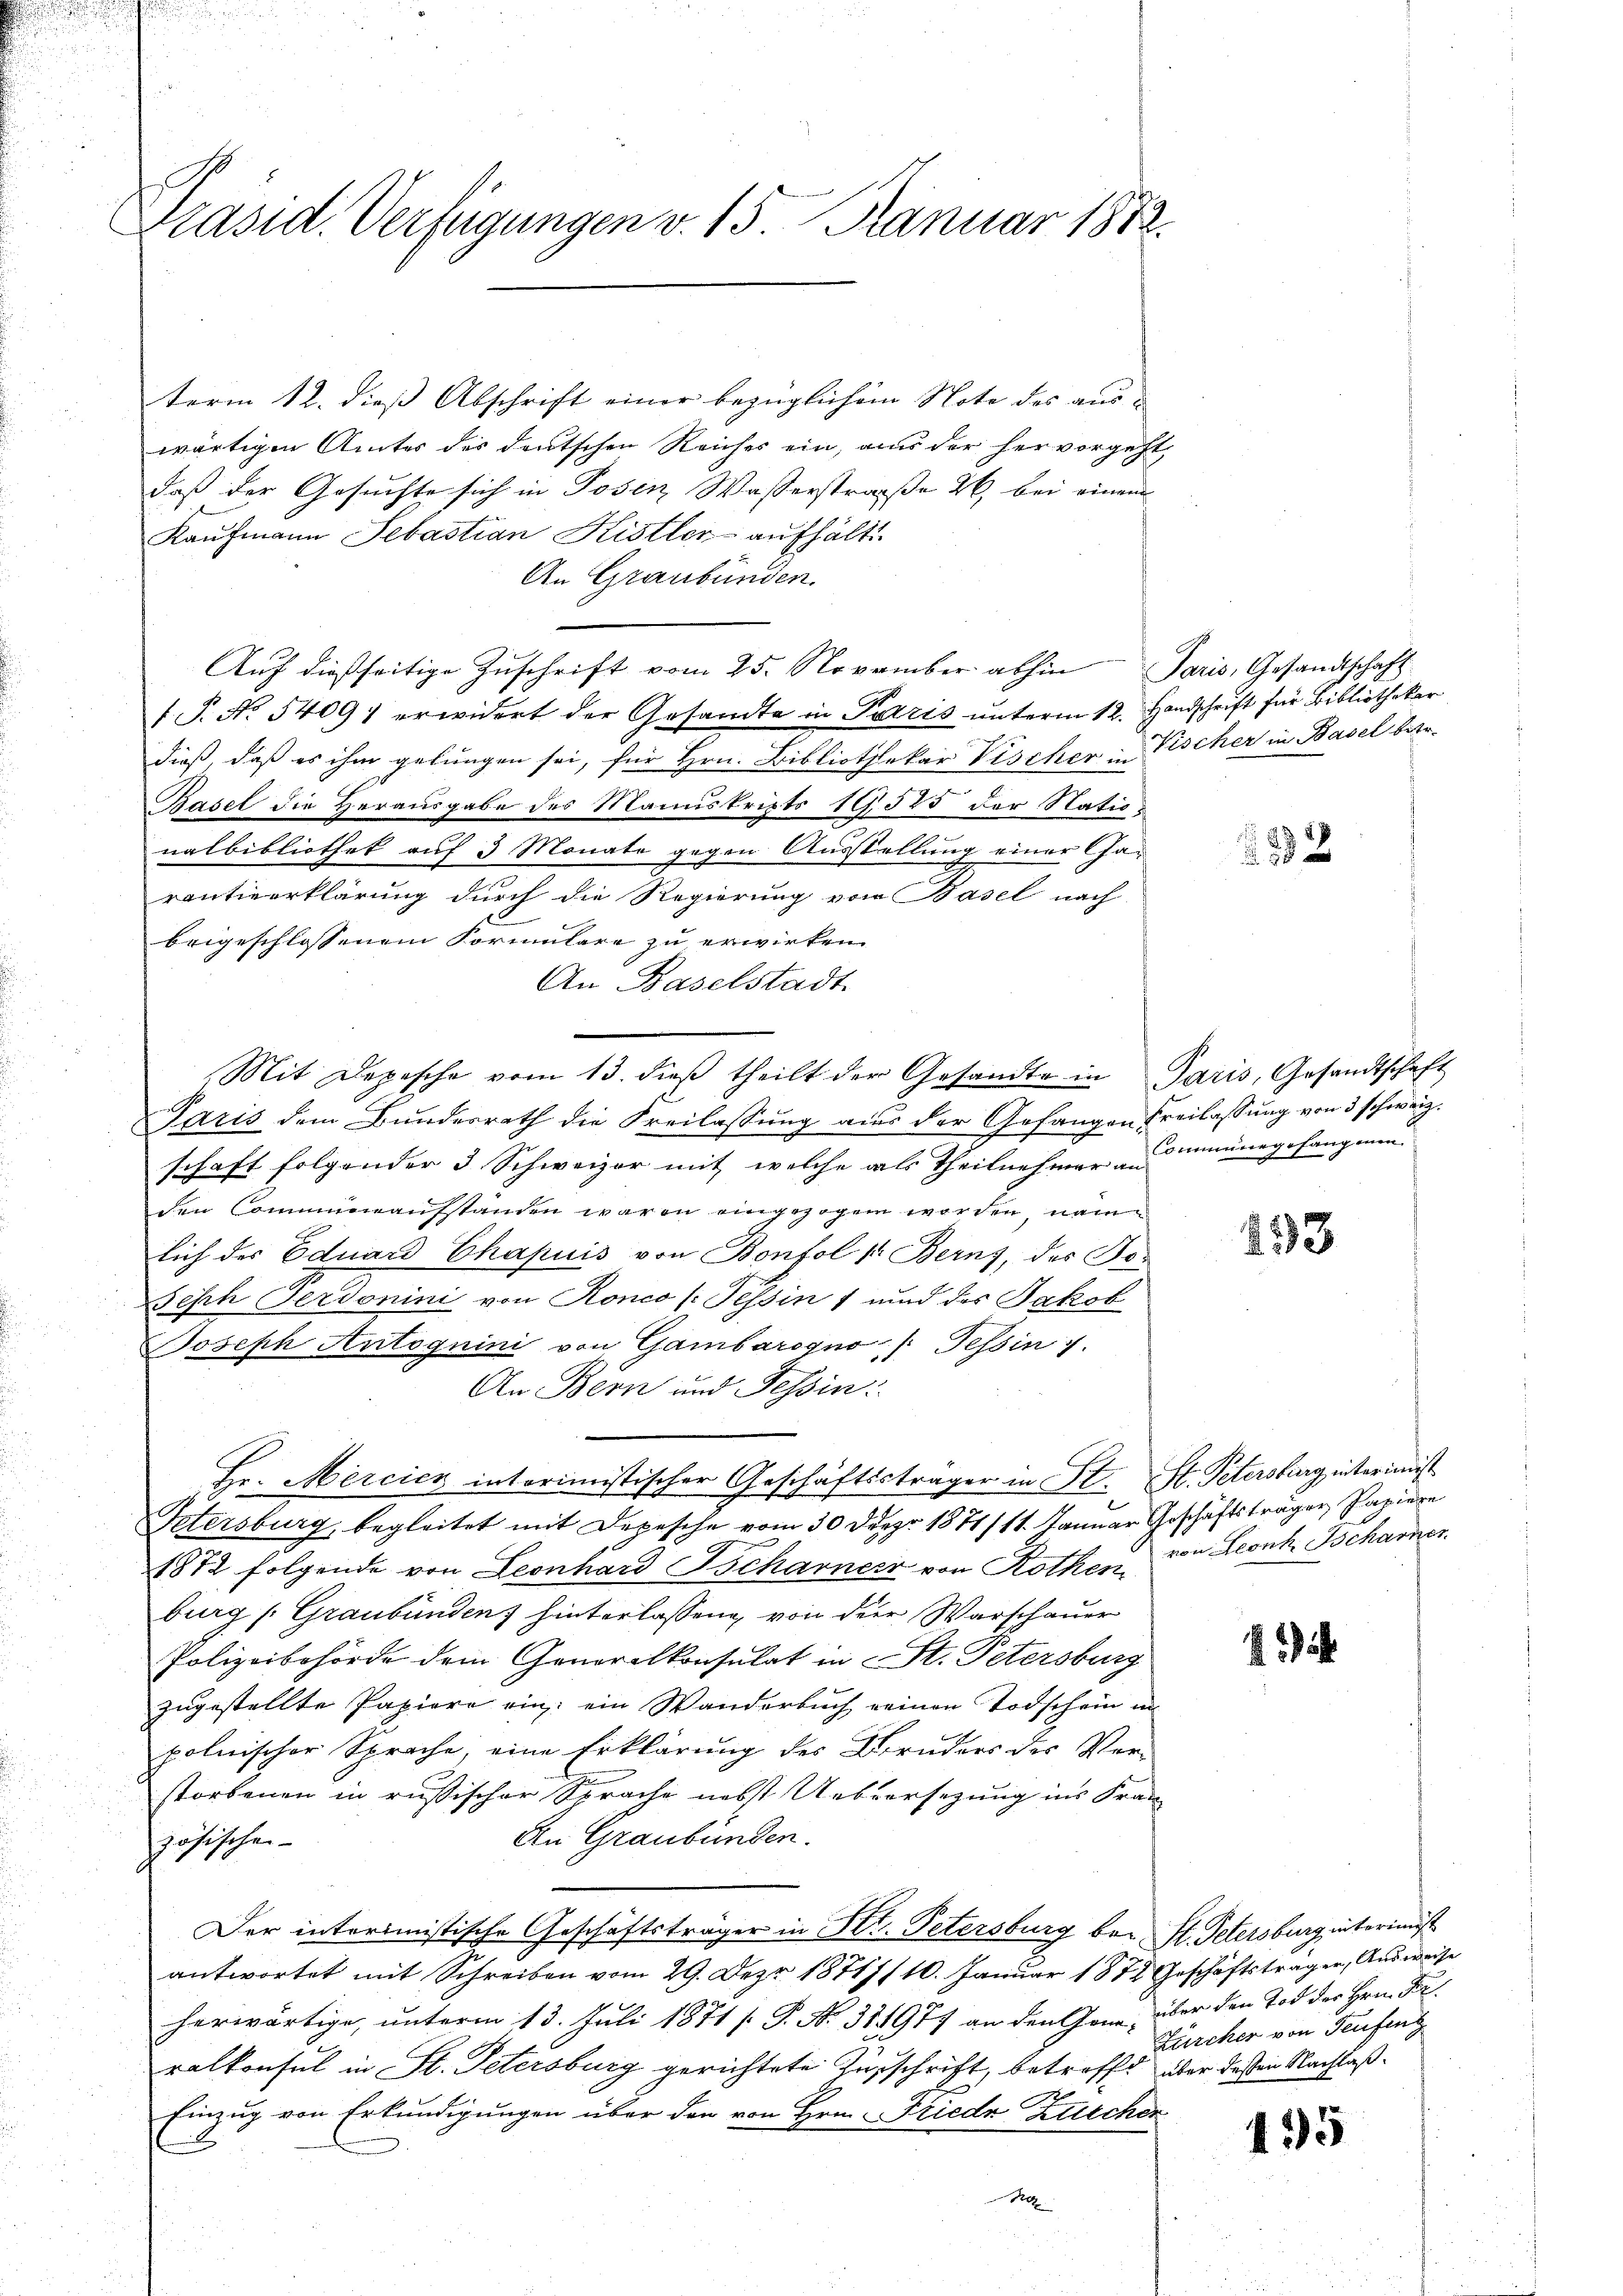
Präsid. Verfügungen v. 15. Januar 1882.

term 12. dieß Abschrift einer bezüglichem Note des aus-
wärtigen Amtes des deutschen Reiches ein, an der hervorgeht,
daß der Gesuchte sich in Posen Wasserstraße 26, bei einem
Kaufmann Sebastian Kistler aufhält.
An Graubünden.
Auf dießseitige Zuschrift vom 25. November abhin Paris, Gesandtschaft
f. P. No 5409) erwidert der Gesandte in Paris unterm 12. Handschrift für Bibliothekar
dieß, daß es ihm gelungen sei, für Hrn. Bibliothekar Vischer Fischer in Basel betr.
Basel die Herausgabe des Manuskripts 19,525 der Nationalbibliothek auf 3 Monate gegen Ausstellung einer Charantieerklärung durch die Regierung von Basel nach
beigeschlossenem Formulare zu erwirken.
An Baselstadt.
(Mit Depesche vom 13. dieβ theilt der Gesandte in Paris, Gesandtschaft
Paris dem Bundesrath die Freilassung aus der Gefangen Freilassung von 3 schweiz.
schaft folgender 3 Schweizer mit welche als Theilnehmer immene gefangenen
den Communaufstanden waren eingezogen worden, nam
lich des Eduard Chapuis von Bonfol sr Berns, der Jo¬
Seph Ferdonini von Ronco (Tessin 7 und des Jakob
Joseph Antoguini von Gambarogno, Tessin .
An Bern und Tessin:
Hr. Mercicz interimistischer Geschäftssträger in St. St. Petersburg interimist
Petersburg, begleitet mit Depesche vom 30 Dez. 1871/11. Januar Geschäftsträger Papiere
1872 folgende von Leonhard Bscharner von Rothen von Leonh Tscharner
burg (Graubünden) hinterlassen, von der Warschauer
Polizeibehörde dem Generalkonsulat in St. Petersburg
zugestellte Papiere ein: ein Wanderbuch seinen Todschein in
polnischer Sprache, eine Erklärung des Bruders der Ver-
storbenen in russischer Sprache nebst Uebersezung ins Fran
An Graubünden.
zösischen
Der interimistische Geschäftsträger in Hr. Petersburg bei St. Petersburg interimist
antwortet mit Schreiben vom 29. Dez. 1871/110. Januar 1872 Geschäftsträger, Ausweise
herwärtige, unterm 13. Juli 1871 [ P. Nr. 311977 an den Jona, über den Tod der Hrn. Dr.
ralkonsul in St. Petersburg gerichtete Zuschrift, betroffe über deßen Nachlaß¬
Einzug von Erkundigungen über den von Hrn. Friedr Zürcher
Pe

532

293

Zürcher von Teufing

1

95